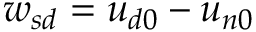
{ w _ { s d } } = u _ { d 0 } - u _ { n 0 }